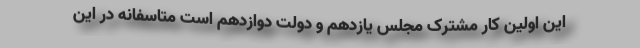
این اولین کار مشترک مجلس یازدهم و دولت دوازدهم است متاسفانه در این